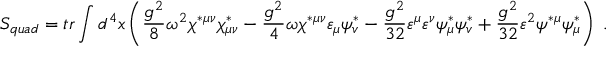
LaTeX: { \cal S } _ { q u a d } = t r \int d ^ { 4 } x \left( \frac { g ^ { 2 } } 8 \omega ^ { 2 } \chi ^ { * \mu \nu } \chi _ { \mu \nu } ^ { * } - \frac { g ^ { 2 } } 4 \omega \chi ^ { * \mu \nu } \varepsilon _ { \mu } \psi _ { v } ^ { * } - \frac { g ^ { 2 } } { 3 2 } \varepsilon ^ { \mu } \varepsilon ^ { \nu } \psi _ { \mu } ^ { * } \psi _ { v } ^ { * } + \frac { g ^ { 2 } } { 3 2 } \varepsilon ^ { 2 } \psi ^ { * \mu } \psi _ { \mu } ^ { * } \right) \; .